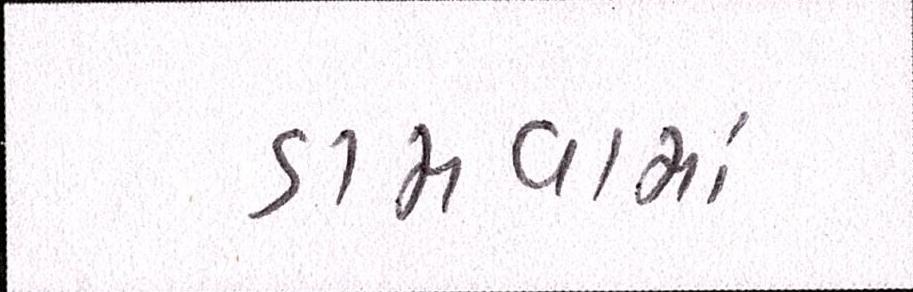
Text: ડામવામાં